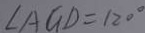
\angle A G D = 1 2 0 ^ { \circ }